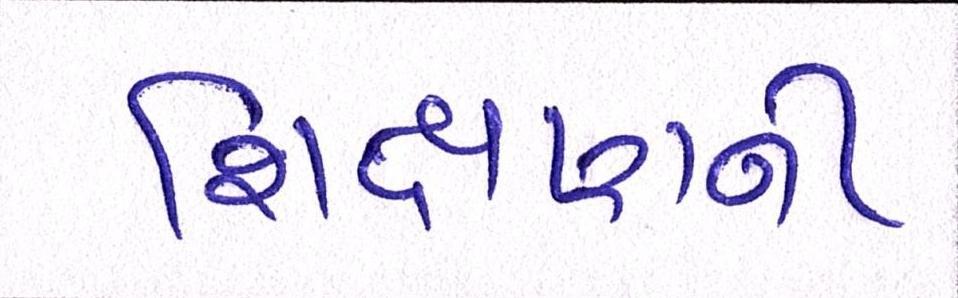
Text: શિક્ષણની